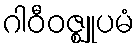
ဂါဝီဝဇ္ဈူပမံ